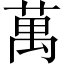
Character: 萬